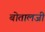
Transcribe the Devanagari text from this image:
बोतालजी